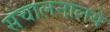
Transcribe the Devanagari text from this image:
संचालनालये